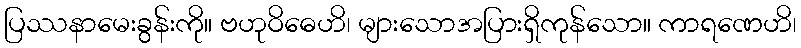
ပြဿနာမေးခွန်းကို။ ဗဟုဝိဓေဟိ၊ များသောအပြားရှိကုန်သော။ ကာရဏေဟိ၊